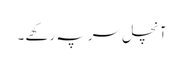
آنچل سر پہ رکھے ۔